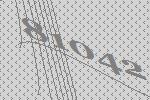
81042